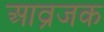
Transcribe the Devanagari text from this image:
आव्रजक